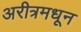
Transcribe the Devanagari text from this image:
अरीत्रमधून